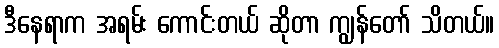
ဒီနေရာက အရမ်း ကောင်းတယ် ဆိုတာ ကျွန်တော် သိတယ်။